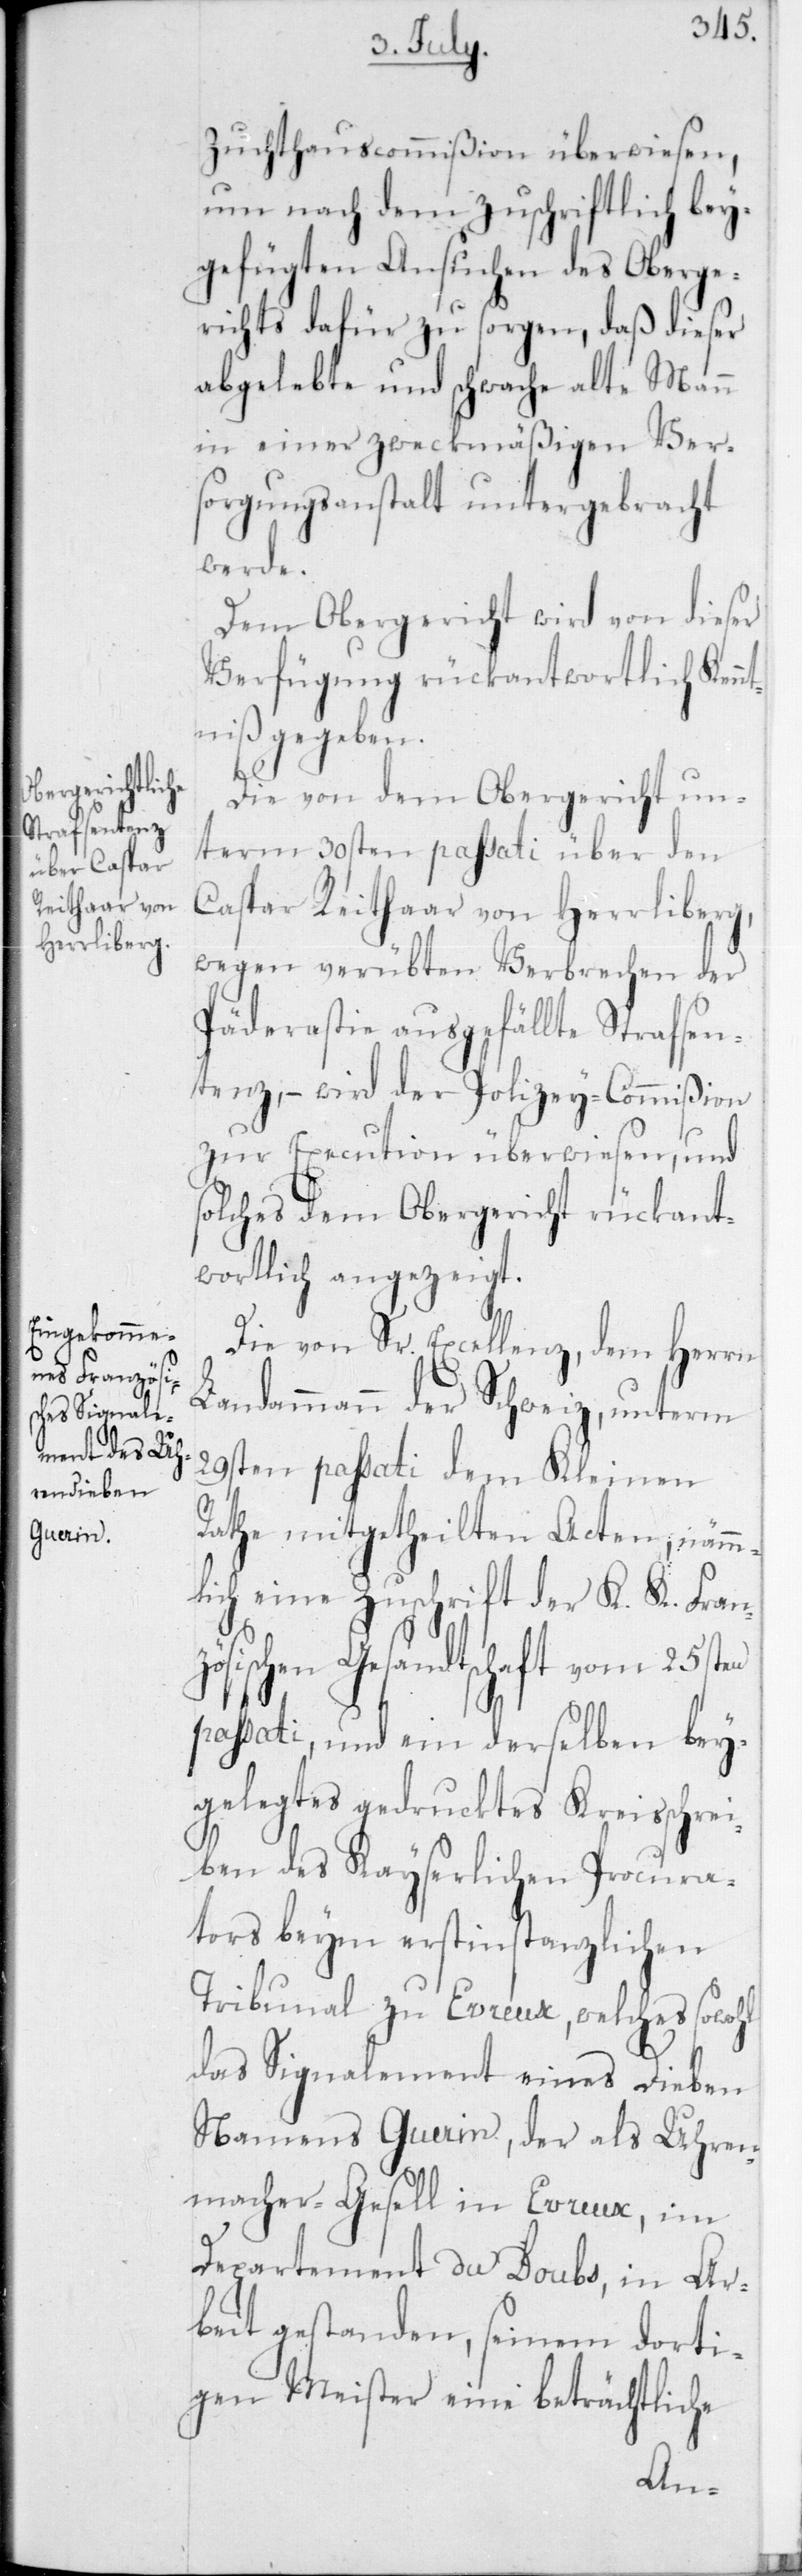
Zuchthauscommißion überwiesen,
um nach dem zuschriftlich bey¬
gefügten Ansuchen des Oberge¬
richts dafür zu sorgen, daß dieser
abgelebte und schwache alte Mann
in einer zweckmäßigen Ver¬
sorgungsanstalt untergebracht
werde.
Dem Obergericht wird von dieser
Verfügung rückantwortlich Kennt¬
niß gegeben.
Die von dem Obergericht un¬
term 30sten passati über den
Caspar Reithaar von Herrliberg,
wegen verübten Verbrechen der
Päderastie ausgefällte Strafsen¬
tenz, – wird der Polizey-Commißion
zur Execution überwiesen, und
solches dem Obergericht rückant¬
wortlich angezeigt.
Die von Sr. Excellenz dem Herrn
Landammann der Schweiz, unterm
29sten passati dem Kleinen
Rathe mitgetheilten Acten, nämm¬
lich eine Zuschrift der K. K. Franz¬
ösischen Gesandtschaft vom 25sten
passati, und ein derselben bey¬
gelegtes gedrucktes Kreisschrei¬
ben des Kayserlichen Procura¬
thors beym erstinstanzlichen
Tribunal zu Evreux, welches sowohl
das Signalement eines Dieben
namens Guerin, der als Uhren¬
macher-Gesell in Evreux, im
Departement du Doubs, in Ar¬
beit gestanden, seinem dorti¬
gen Meister eine beträchtliche